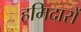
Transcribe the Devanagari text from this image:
हमिदारों